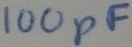
Text: 100pF